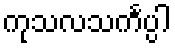
ကုသလသင်္ကပ္ပါ